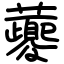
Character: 虁